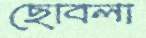
ছোবলা